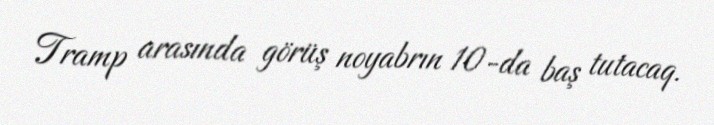
Tramp arasında görüş noyabrın 10-da baş tutacaq.